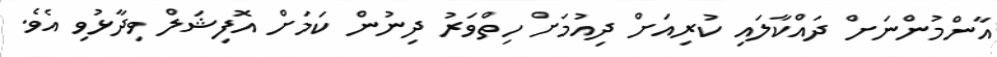
އާންމުންނަށް ދައްކާލައި ކުރިއަށް ދިއުމަށް ހިތްވަރު ދިނުން ކަމަށް އޮފިޝަލް ވިދާޅުވި އެވެ.